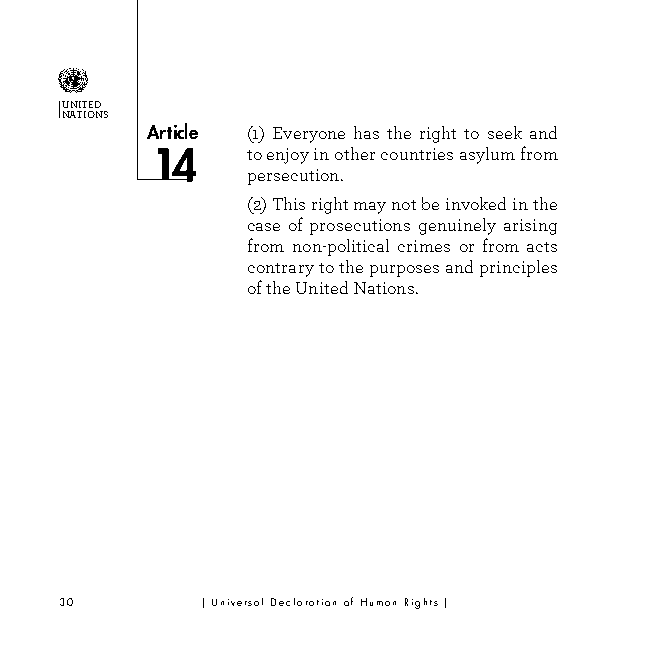
UNITED
 NATIONS
 Article (1) Everyone has the right to seek and
 to enjoy in other countries asylum from
 persecution.
 (2) This right may not be invoked in the
 case of prosecutions genuinely arising
 from non-political crimes or from acts
 contrary to the purposes and principles
 of the United Nations.
 30       | Universal Declaration of Human Rights |